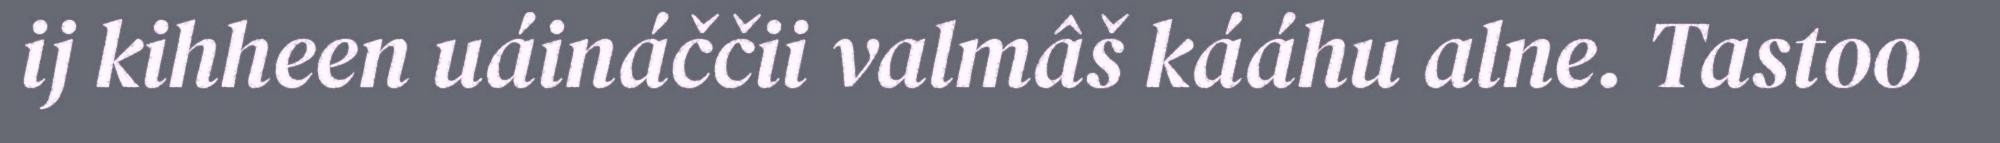
ij kihheen uáináččii valmâš kááhu alne. Tastoo